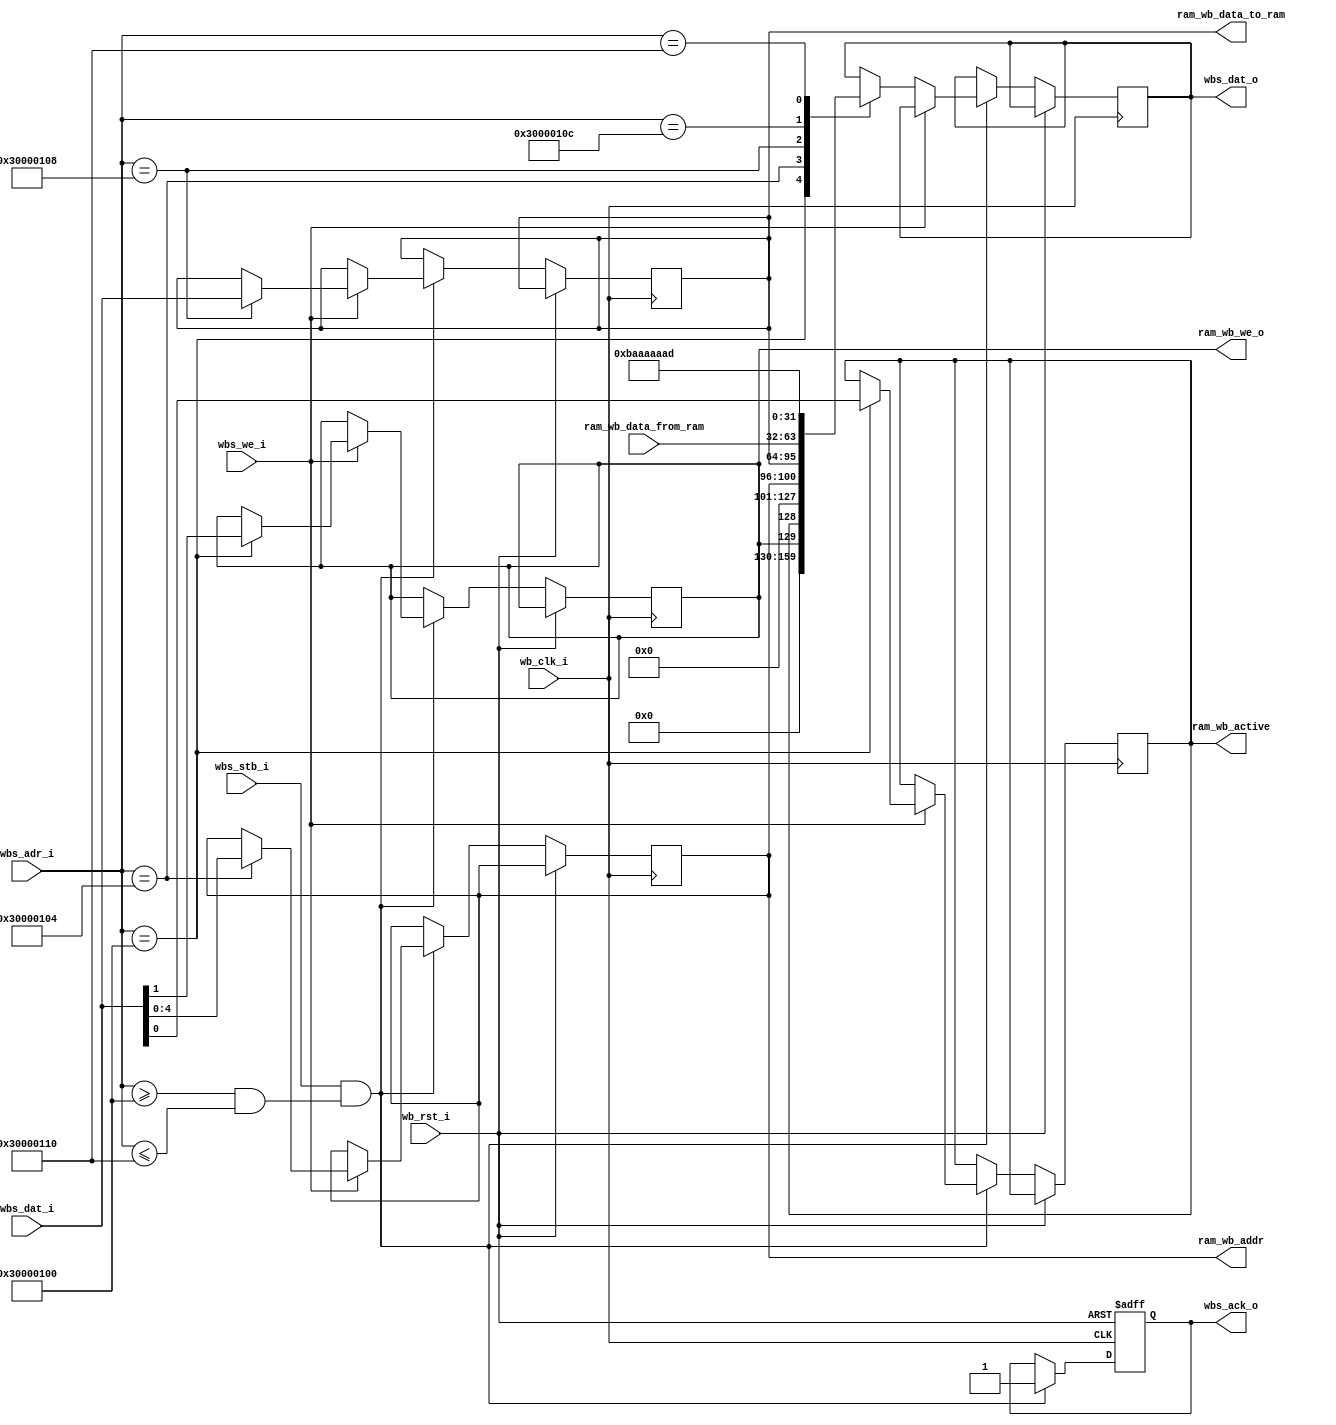
module ram_wishbone_interface (
`ifdef USE_POWER_PINS
    inout vdd,		// User area 5.0V supply
    inout vss,		// User area ground
`endif
    input wb_clk_i,
    input wb_rst_i,
    input wbs_stb_i,
    input wbs_we_i,
    input [31:0] wbs_dat_i,
    input [31:0] wbs_adr_i,
    output reg wbs_ack_o,
    output reg [31:0] wbs_dat_o,

    output reg ram_wb_active,
    output reg ram_wb_we_o,
    output reg [4:0] ram_wb_addr,
    output reg [31:0] ram_wb_data_to_ram,
    input [31:0] ram_wb_data_from_ram
);

    // 30'00'00'00 - 30'00'00'19 already taken by decoder on wishbone
    // or is it 30'00'00'20?
    // either way we'll just change a byte to make sure

    localparam NEXT_VALID_WISHBONE_ADDRESS = 32'h30000100;
    localparam MUX_ENABLE_ACCESS_ADDR = NEXT_VALID_WISHBONE_ADDRESS;     // 30 00 01 00 -- 03
    localparam RAM_ADDRESS_ADDR = MUX_ENABLE_ACCESS_ADDR + 4;            // 30 00 01 04 -- 07
    localparam DATA_TO_RAM_ADDR = RAM_ADDRESS_ADDR + 4;                  // 30 00 01 08 -- 11
    localparam DATA_FROM_RAM_ADDR  = DATA_TO_RAM_ADDR + 4;               // 30 00 01 12 -- 15
    localparam ID_REGISTER = DATA_FROM_RAM_ADDR + 4;                     // 30 00 01 16 -- 19
  

    always @ (posedge wb_clk_i or posedge wb_rst_i) begin
        
        if (wb_rst_i) begin
            wbs_ack_o <= 'h0;
        end else begin
            
            // if strobe and if address is greater than or equal to the lowest AND address is less than or equal to the highest
            // this should gives us this wishbone address range
            if (wbs_stb_i && (wbs_adr_i >= MUX_ENABLE_ACCESS_ADDR && wbs_adr_i <= ID_REGISTER)) begin
               wbs_ack_o <= 1'b1;

                // if reading
                if (wbs_we_i == 1'b0) begin
                   case (wbs_adr_i)
                        // need to let user read values out
                        MUX_ENABLE_ACCESS_ADDR: wbs_dat_o <= {30'h0, ram_wb_we_o, ram_wb_active};
                        RAM_ADDRESS_ADDR: wbs_dat_o <= {27'b0, ram_wb_addr};
                        DATA_TO_RAM_ADDR: wbs_dat_o <= ram_wb_data_to_ram;
                        DATA_FROM_RAM_ADDR: wbs_dat_o <= ram_wb_data_from_ram;
                        ID_REGISTER: wbs_dat_o <= 32'hBAAAAAAD;

                    endcase

                // if writing
                end else if (wbs_we_i == 1'b1) begin
                    case (wbs_adr_i)
                        MUX_ENABLE_ACCESS_ADDR: {ram_wb_we_o, ram_wb_active} <= wbs_dat_i[1:0];
                        RAM_ADDRESS_ADDR: ram_wb_addr <= wbs_dat_i[4:0];
                        DATA_TO_RAM_ADDR: ram_wb_data_to_ram = wbs_dat_i;
                    endcase
                end
            end 
        end
    end
endmodule